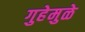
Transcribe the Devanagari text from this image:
गुहेमुळे